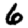
Digit: 6